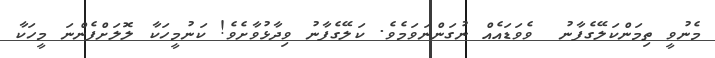
މެނުވީ ތިމަންކަލޭގެފާނު  ވެވަޑައެއް ނުގަންނަވަމެވެ. ކަލޭގެފާނު ވިދާޅުވާށެވެ! ކަނުމީހަކާ ލޮލަށްފެންނަ މީހަކާ